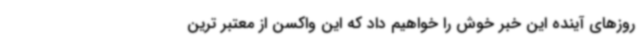
روزهای آینده این خبر خوش را خواهیم داد که این واکسن از معتبر ترین